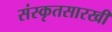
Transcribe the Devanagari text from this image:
संस्कृतसारखी